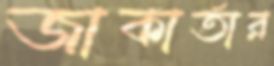
জাকার্তার